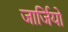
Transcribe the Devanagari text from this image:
जार्जियो